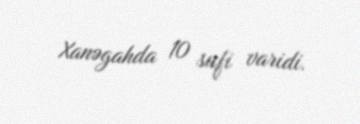
Xanəgahda 10 sufi varidi.